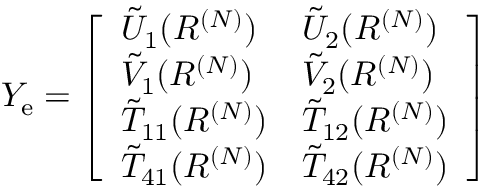
\begin{array} { r } { Y _ { \mathrm { e } } = \left[ \begin{array} { l l } { \tilde { U } _ { 1 } ( R ^ { ( N ) } ) } & { \tilde { U } _ { 2 } ( R ^ { ( N ) } ) } \\ { \tilde { V } _ { 1 } ( R ^ { ( N ) } ) } & { \tilde { V } _ { 2 } ( R ^ { ( N ) } ) } \\ { \tilde { T } _ { 1 1 } ( R ^ { ( N ) } ) } & { \tilde { T } _ { 1 2 } ( R ^ { ( N ) } ) } \\ { \tilde { T } _ { 4 1 } ( R ^ { ( N ) } ) } & { \tilde { T } _ { 4 2 } ( R ^ { ( N ) } ) } \end{array} \right] } \end{array}